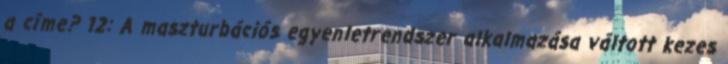
a címe? 12: A maszturbációs egyenletrendszer alkalmazása váltott kezes